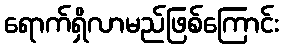
ရောက်ရှိလာမည်ဖြစ်ကြောင်း